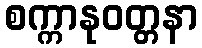
စက္ကာနုဝတ္တနာ